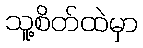
သူ့စိတ်ထဲမှာ